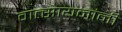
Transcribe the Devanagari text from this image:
वात्सायनांनी